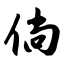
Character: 倘